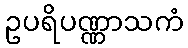
ဥပရိပဏ္ဏာသကံ